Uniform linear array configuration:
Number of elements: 24
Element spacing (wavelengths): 0.5
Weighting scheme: binomial
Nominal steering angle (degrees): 30
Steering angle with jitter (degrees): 31.71
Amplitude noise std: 0.05
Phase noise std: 0.05

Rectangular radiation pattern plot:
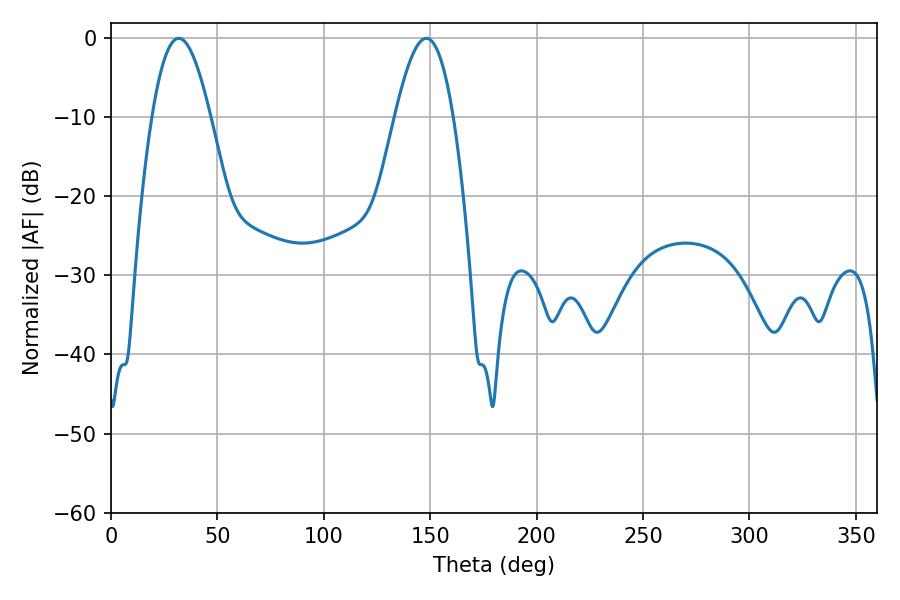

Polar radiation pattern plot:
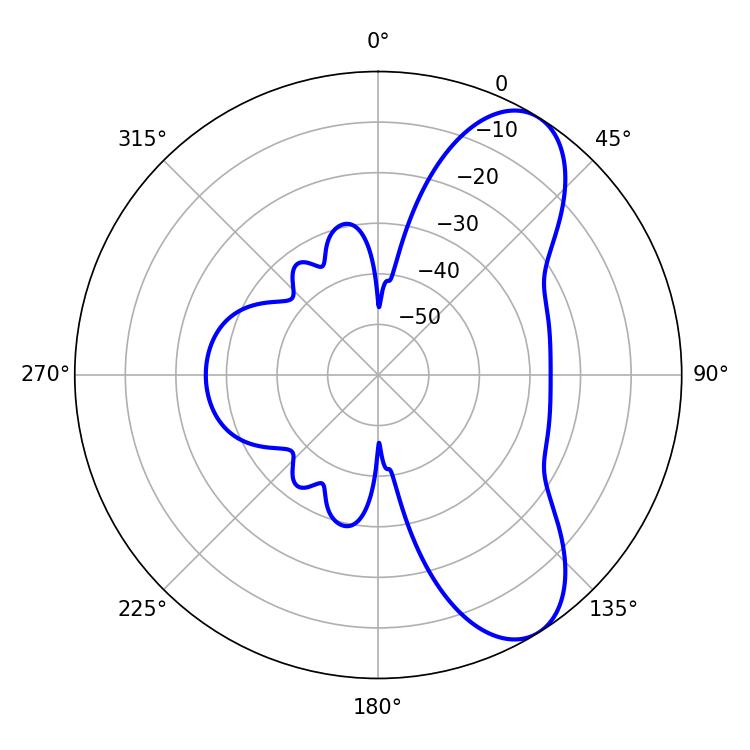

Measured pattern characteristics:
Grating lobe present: FALSE
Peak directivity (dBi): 8.18
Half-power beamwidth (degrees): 14.94
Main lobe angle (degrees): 148.14